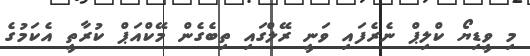
މި ވީޑިޔޯ ކްލިޕް ނެރެފައި ވަނީ ރޭލްގައި ތިބެގެން މޭކްއަޕް ކުރާތީ އެކަމުގެ